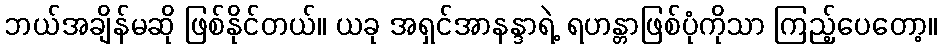
ဘယ်အချိန်မဆို ဖြစ်နိုင်တယ်။ ယခု အရှင်အာနန္ဒာရဲ့ ရဟန္တာဖြစ်ပုံကိုသာ ကြည့်ပေတော့။